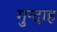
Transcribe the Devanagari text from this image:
गुन्दाह